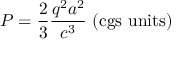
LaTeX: P = { \frac { 2 } { 3 } } { \frac { q ^ { 2 } a ^ { 2 } } { c ^ { 3 } } } { \mathrm { ~ ( c g s ~ u n i t s ) } }